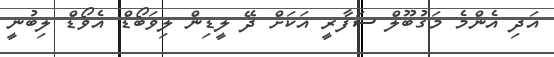
އަދި އެންމެ މަގުބޫލް ސަފާރީ އަކަށް ދޭ ލީޑިން ލިވަބޯޑް އެވޯޑް ލިބުނީ